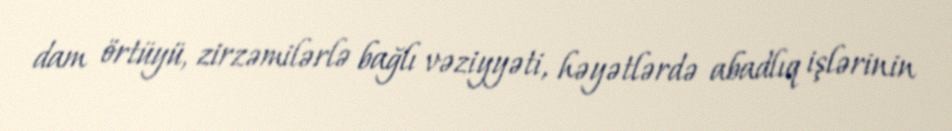
dam örtüyü, zirzəmilərlə bağlı vəziyyəti, həyətlərdə abadlıq işlərinin